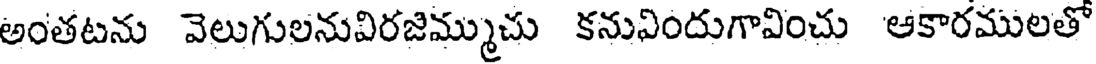
అంతటను వెలుగులనువిరజిమ్ముచు కనువిందుగావించు ఆకారములతో